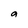
Character: a